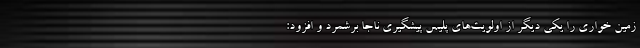
زمین خواری را یکی دیگر از اولویت‌های پلیس پیشگیری ناجا برشمرد و افزود: